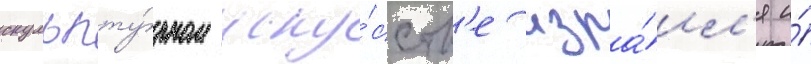
скульпту́рном иску́сств'е изра́ил'я и́